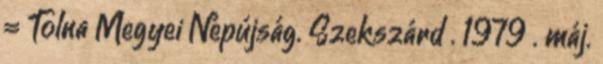
= Tolna Megyei Népújság. Szekszárd . 1979 . máj.